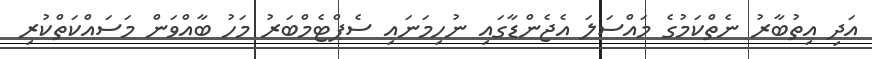
އަދި އިތުބާރު ނެތްކަމުގެ މައްސަލަ އެޖެންޑާގައި ނުހިމަނައި ސެޕްޓެމްބަރު މަހު ބާއްވަން މަސައްކަތްކުރި